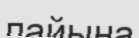
лайына